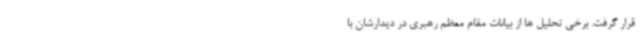
قرار گرفت. برخی تحلیل ها از بیانات مقام معظم رهبری در دیدارشان با